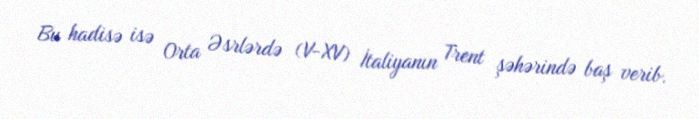
Bu hadisə isə Orta Əsrlərdə (V-XV) İtaliyanın Trent şəhərində baş verib.